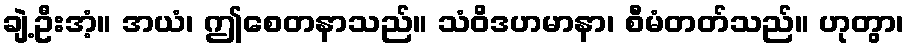
ချဲ့ဦးအံ့။ အယံ၊ ဤစေတနာသည်။ သံဝိဒဟမာနာ၊ စီမံတတ်သည်။ ဟုတွာ၊